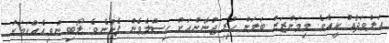
އަލްވަދާއު ކީއެވެ. މިމަންޒަރު ބަލަން ހުރި ޖުނާންއަށް ގިސްލެވެން ފެށުނެވެ. ލޯބި ނުވިއެއްކަމަކު